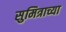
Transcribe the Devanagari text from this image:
सुमित्राच्या